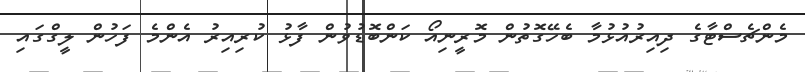
މެންޗެސްޓާގެ ދިއިރުއުޅުމާ ބެހޭގޮތުން މޮރީނިއޯ ކަންބޮޑުވުން ފާޅު ކުރިއިރު އެންމެ ފަހުން ލީގްގައި